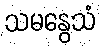
သမနွေသံ